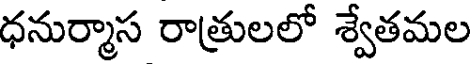
ధనుర్మాస రాత్రులలో శ్వేతమల